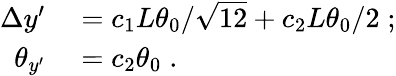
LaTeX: \begin{array}{rl}{\Delta y^{\prime}}&{{}=c_{1}L\theta_{0}/\sqrt{12}+c_{2}L\theta_{0}/2\; ;}\\ {\theta_{y^{\prime}}}&{{}=c_{2}\theta_{0}\; .}\end{array}